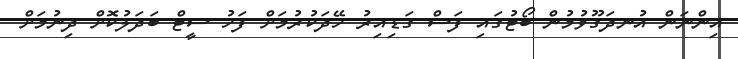
އިންނަން އުނދަގޫވުމުން ބޯޓުގައި ފަސް ގަޑިއިރު ހޭދަކުރުމަށް ފަހު ސީޓް ބަދަލުކޮށް ދިނުމަށް